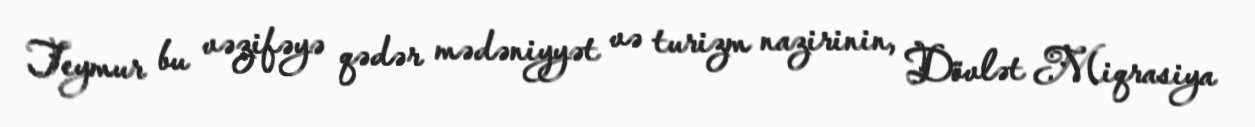
Teymur bu vəzifəyə qədər mədəniyyət və turizm nazirinin, Dövlət Miqrasiya